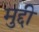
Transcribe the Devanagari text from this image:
मुद्दी